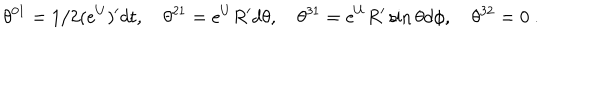
\theta ^ { 0 1 } = 1 / 2 ( e ^ { U } ) ^ { \prime } d t , \quad \theta ^ { 2 1 } = e ^ { U } R ^ { \prime } d \theta , \quad \theta ^ { 3 1 } = e ^ { U } R ^ { \prime } \sin \theta d \phi , \quad \theta ^ { 3 2 } = 0 \ .